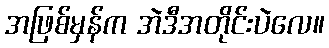
အဖြစ်မှန်က အဲဒီအတိုင်းပဲလေ။